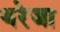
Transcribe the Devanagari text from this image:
थरेजा